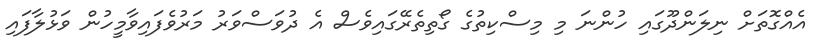
އެއްގޮތަށް ނިލަންދޫގައި ހުންނަ މި މިސްކިތުގެ ގޯތިތެރޭގައިވެސް އެ ދުވަސްވަރު މަރުވެފައިވާމީހުން ވަޅުލާފައި